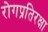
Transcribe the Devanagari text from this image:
रोगप्रतिरक्षा